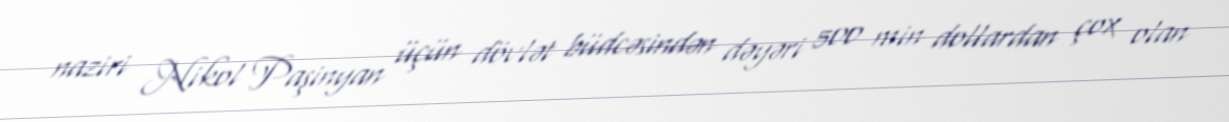
naziri Nikol Paşinyan üçün dövlət büdcəsindən dəyəri 500 min dollardan çox olan